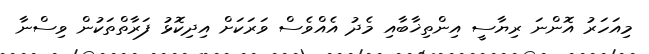
މިއަހަރު އޮންނަ ރިޔާސީ އިންތިޚާބާއި މެދު އެއްވެސް ވަރަކަށް އިދިކޮޅު ފަރާތްތަކުން ވިސްނާ